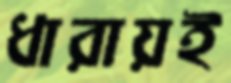
ধারায়ই